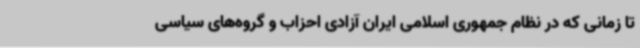
تا زمانی که در نظام جمهوری اسلامی ایران آزادی احزاب و گروه‌های سیاسی